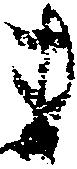
ま